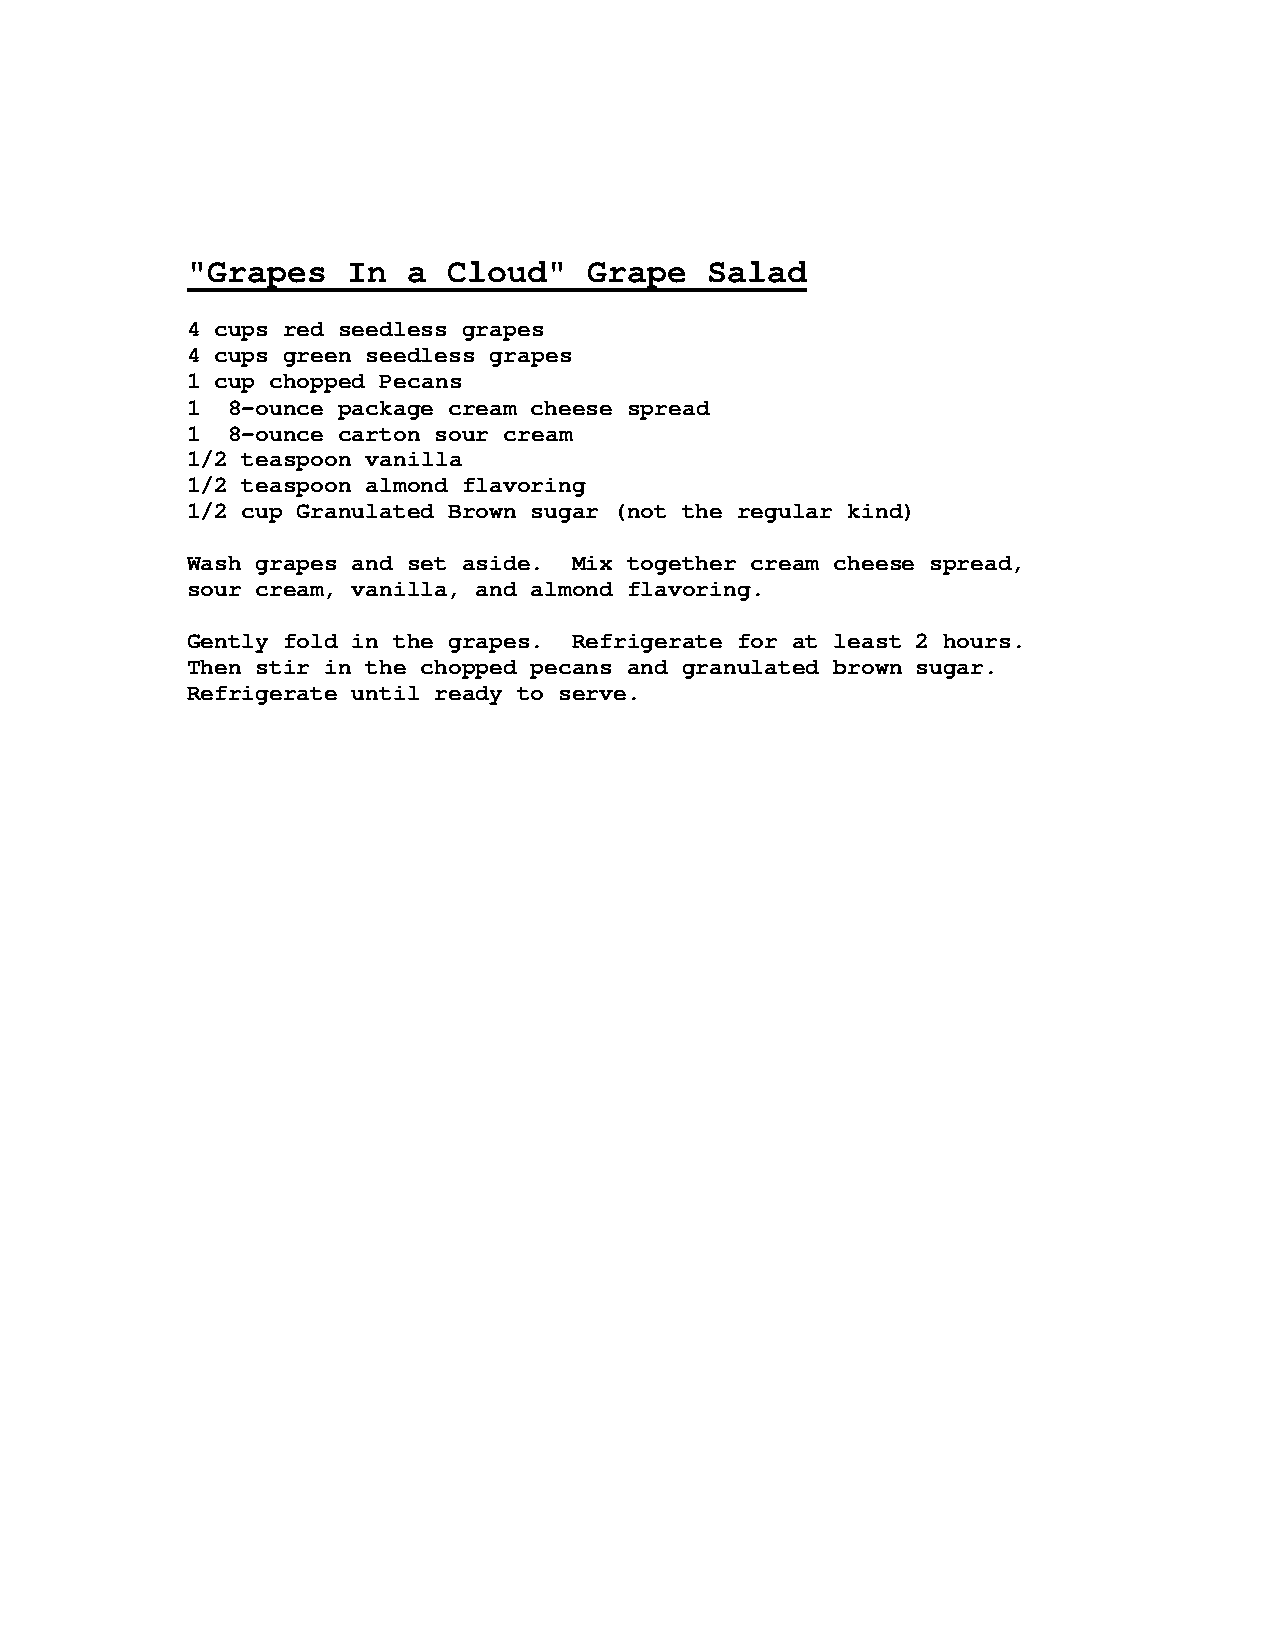
"Grapes    In  a  Cloud"   Grape   Salad
 4 cups red seedless grapes
 4 cups green seedless grapes
 1 cup chopped Pecans
 1  8-ounce package cream cheese spread
 1  8-ounce carton sour cream
 1/2 teaspoon vanilla
 1/2 teaspoon almond flavoring
 1/2 cup Granulated Brown sugar (not the regular kind)
 Wash grapes and set aside. Mix together cream cheese spread,
 sour cream, vanilla, and almond flavoring.
 Gently fold in the grapes. Refrigerate for at least 2 hours.
 Then stir in the chopped pecans and granulated brown sugar.
 Refrigerate until ready to serve.